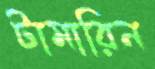
টামারিন